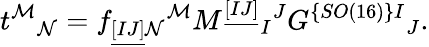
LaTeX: t^{\mathcal M}{}_{\mathcal N}=f_{\underline{{{[IJ]}}}\mathcal{N}}{}^{\mathcal{M}}M^{\underline{{{[IJ]}}}}{}_{I}{}^{J}G^{\{ SO(16)\} I}{}_{J}.